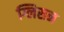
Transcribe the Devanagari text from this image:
ग्लिसन